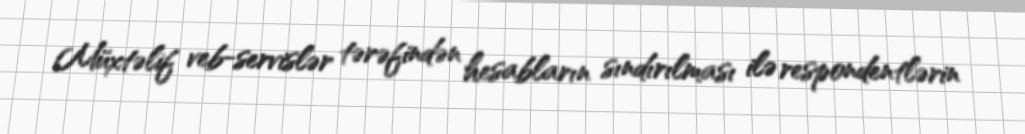
Müxtəlif veb-servislər tərəfindən hesabların sındırılması ilə respondentlərin